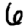
Digit: 6